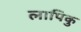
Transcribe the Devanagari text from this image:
लापिकु